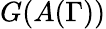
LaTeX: G(A(\Gamma))